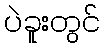
ပဲခူးတွင်